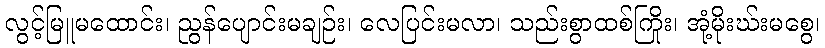
လွင့်မြူမထောင်း၊ ညွန်ပျောင်းမချဉ်း၊ လေပြင်းမလာ၊ သည်းစွာထစ်ကြိုး၊ အုံ့မိုးဃ်းမစွေ၊